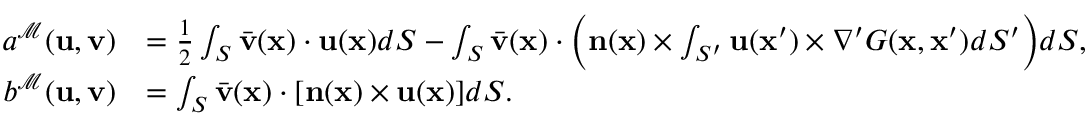
\begin{array} { r l } { a ^ { \mathcal { M } } ( \mathbf { u } , \mathbf { v } ) } & { = \frac { 1 } { 2 } \int _ { S } \bar { \mathbf { v } } ( \mathbf { x } ) \cdot \mathbf { u } ( \mathbf { x } ) d S - \int _ { S } \bar { \mathbf { v } } ( \mathbf { x } ) \cdot \bigg ( \mathbf { n } ( \mathbf { x } ) \times \int _ { S ^ { \prime } } \mathbf { u } ( \mathbf { x } ^ { \prime } ) \times \nabla ^ { \prime } G ( \mathbf { x } , \mathbf { x } ^ { \prime } ) d S ^ { \prime } \bigg ) d S , } \\ { b ^ { \mathcal { M } } ( \mathbf { u } , \mathbf { v } ) } & { = \int _ { S } \bar { \mathbf { v } } ( \mathbf { x } ) \cdot [ \mathbf { n } ( \mathbf { x } ) \times \mathbf { u } ( \mathbf { x } ) ] d S . } \end{array}